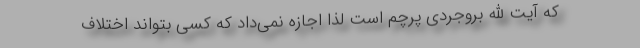
که آیت الله بروجردی پرچم است لذا اجازه نمی‌داد که کسی بتواند اختلاف